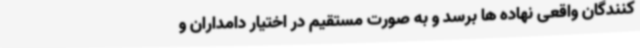
کنندگان واقعی نهاده ها برسد و به صورت مستقیم در اختیار دامداران و